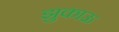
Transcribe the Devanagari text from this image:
झुकाऊ